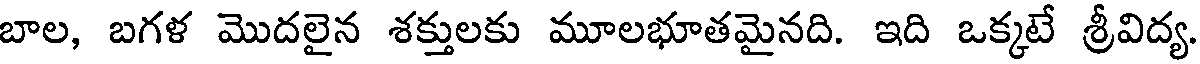
బాల, బగళ మొదలైన శక్తులకు మూలభూతమైనది. ఇది ఒక్కటే శ్రీవిద్య